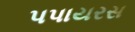
પપાયરસ